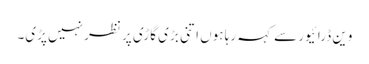
وین ڈرائیور سے کہہ رہا ہوں اتنی بڑی گاڑی پر نظر نہیں پڑی۔